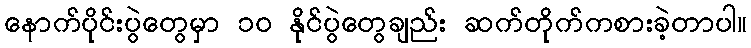
နောက်ပိုင်းပွဲတွေမှာ ၁၀ နိုင်ပွဲတွေချည်း ဆက်တိုက်ကစားခဲ့တာပါ။